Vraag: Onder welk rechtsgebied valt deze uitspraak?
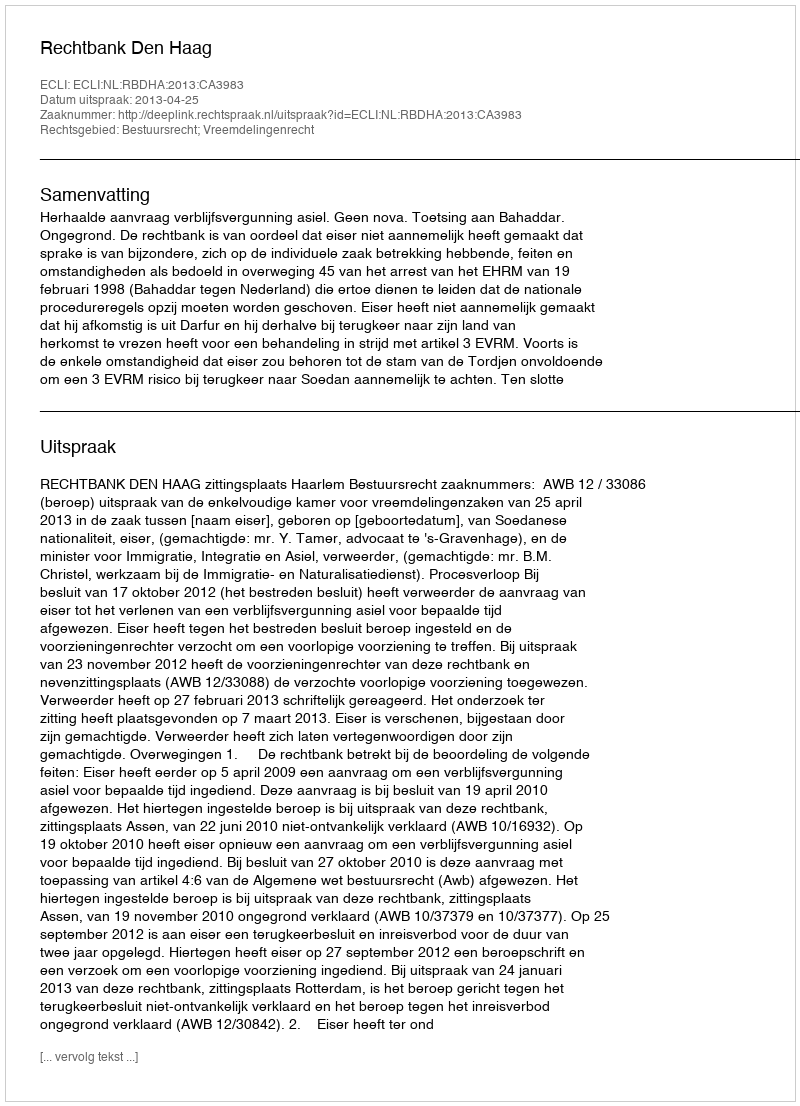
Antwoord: Bestuursrecht; Vreemdelingenrecht